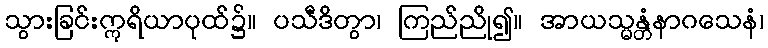
သွားခြင်းဣရိယာပုထ်၌။ ပသီဒိတွာ၊ ကြည်ညို၍။ အာယသ္မန္တံနာဂသေနံ၊